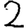
Digit: 2